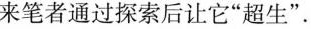
来笔者通过探索后让它”超生”。